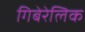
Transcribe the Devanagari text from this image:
गिबेरेलिक